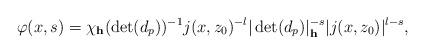
LaTeX: \begin{align*}\varphi(x,s)=\chi_{\mathbf{h}}(\det(d_p))^{-1}j(x,z_0)^{-l}|\det(d_p)|^{-s}_{\mathbf{h}}|j(x,z_0)|^{l-s},\end{align*}